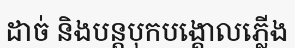
ដាច់ និងបន្តបុកបង្គោលភ្លើង